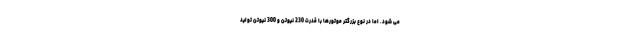
می شود. اما در نوع بزرگتر موتورها با قدرت 230 نیوتن و 300 نیوتن تولید